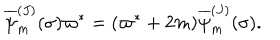
LaTeX: { \overline { { \psi } } _ { m } ^ { ( J ) } } ( \sigma ) \varpi ^ { * } = ( \varpi ^ { * } + 2 m ) { \overline { { \psi } } _ { m } ^ { ( J ) } } ( \sigma ) .